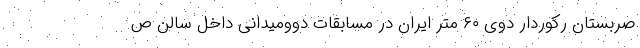
صربستان رکوردار دوی ۶۰ متر ایران در مسابقات دوومیدانی داخل سالن ص